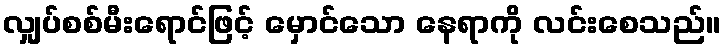
လျှပ်စစ်မီးရောင်ဖြင့် မှောင်သော နေရာကို လင်းစေသည်။